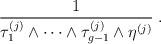
LaTeX: \begin{align*}{1 \over \tau^{(j)}_1\wedge\cdots\wedge\tau^{(j)}_{g-1}\wedge\eta^{(j)}}\;.\end{align*}